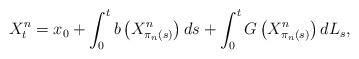
LaTeX: \begin{align*}X_{t}^{n}=x_{0}+\int_{0}^{t}b\left( X_{\pi _{n}\left( s\right) }^{n}\right)ds+\int_{0}^{t}G\left( X_{\pi _{n}\left( s\right) }^{n}\right) dL_{s},\end{align*}